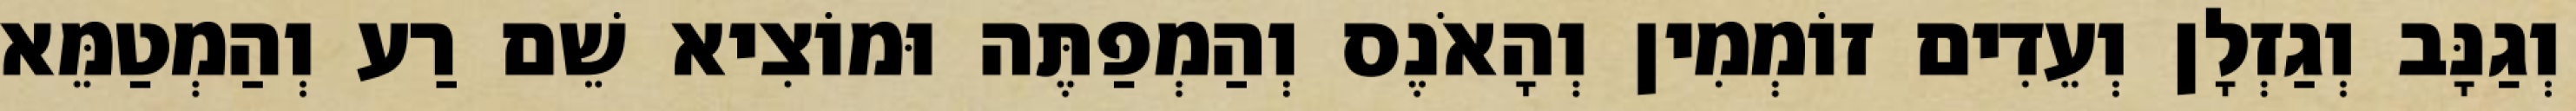
וְגַנָּב וְגַזְלָן וְעֵדִים זוֹמְמִין וְהָאֹנֶס וְהַמְפַתֶּה וּמוֹצִיא שֵׁם רַע וְהַמְטַמֵּא